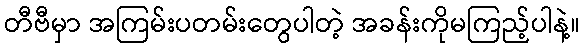
တီဗီမှာ အကြမ်းပတမ်းတွေပါတဲ့ အခန်းကိုမကြည့်ပါနဲ့။